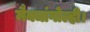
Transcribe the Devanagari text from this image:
मैक्चांगोल्ही।